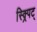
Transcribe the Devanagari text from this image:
स्क्र्पिट्